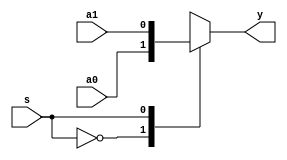
//////////////////////////////////////////////////////////////////////////////////
// Module Name: 2to1 Multiplexer - Function
// Description: 
// Revision:
// 09.05.2020 -> Revision 0.01 - Created
//////////////////////////////////////////////////////////////////////////////////

`timescale 1ns / 1ps

module mux2to1_function(input a0,
                        input a1,
                        input s,
                        output y );
    
    // Function declaration               
    function sel;
        input a, b, c;
        
        case(c)
            1'b0 : sel = a;
            1'b1 : sel = b;
        endcase
    endfunction
    
    // Function declaration 
    function sel_if;    // Alternative
        input a, b, c;
        
        if(c) 
            sel_if = b;
        else 
            sel_if = a;
    endfunction
    
    // Function usage example
    assign y = sel(a0, a1, s);
    // assign y = sel_if(a0, a1, s);    // Alternative
endmodule